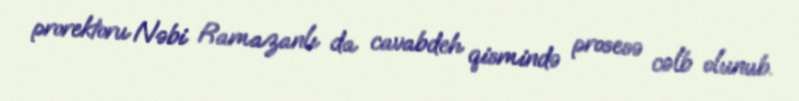
prorektoru Nəbi Ramazanlı da cavabdeh qismində prosesə cəlb olunub.